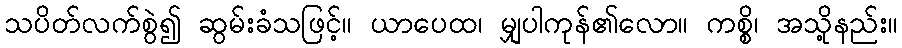
သပိတ်လက်စွဲ၍ ဆွမ်းခံသဖြင့်။ ယာပေထ၊ မျှပါကုန်၏လော။ ကစ္စိ၊ အသို့နည်း။